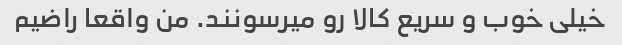
خیلی خوب و سریع کالا رو میرسونند. من واقعا راضیم